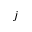
j